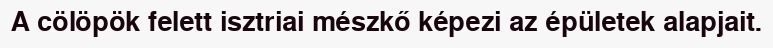
A cölöpök felett isztriai mészkő képezi az épületek alapjait.